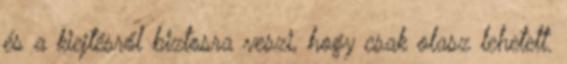
és a kiejtésről biztosra veszi, hogy csak olasz lehetett.